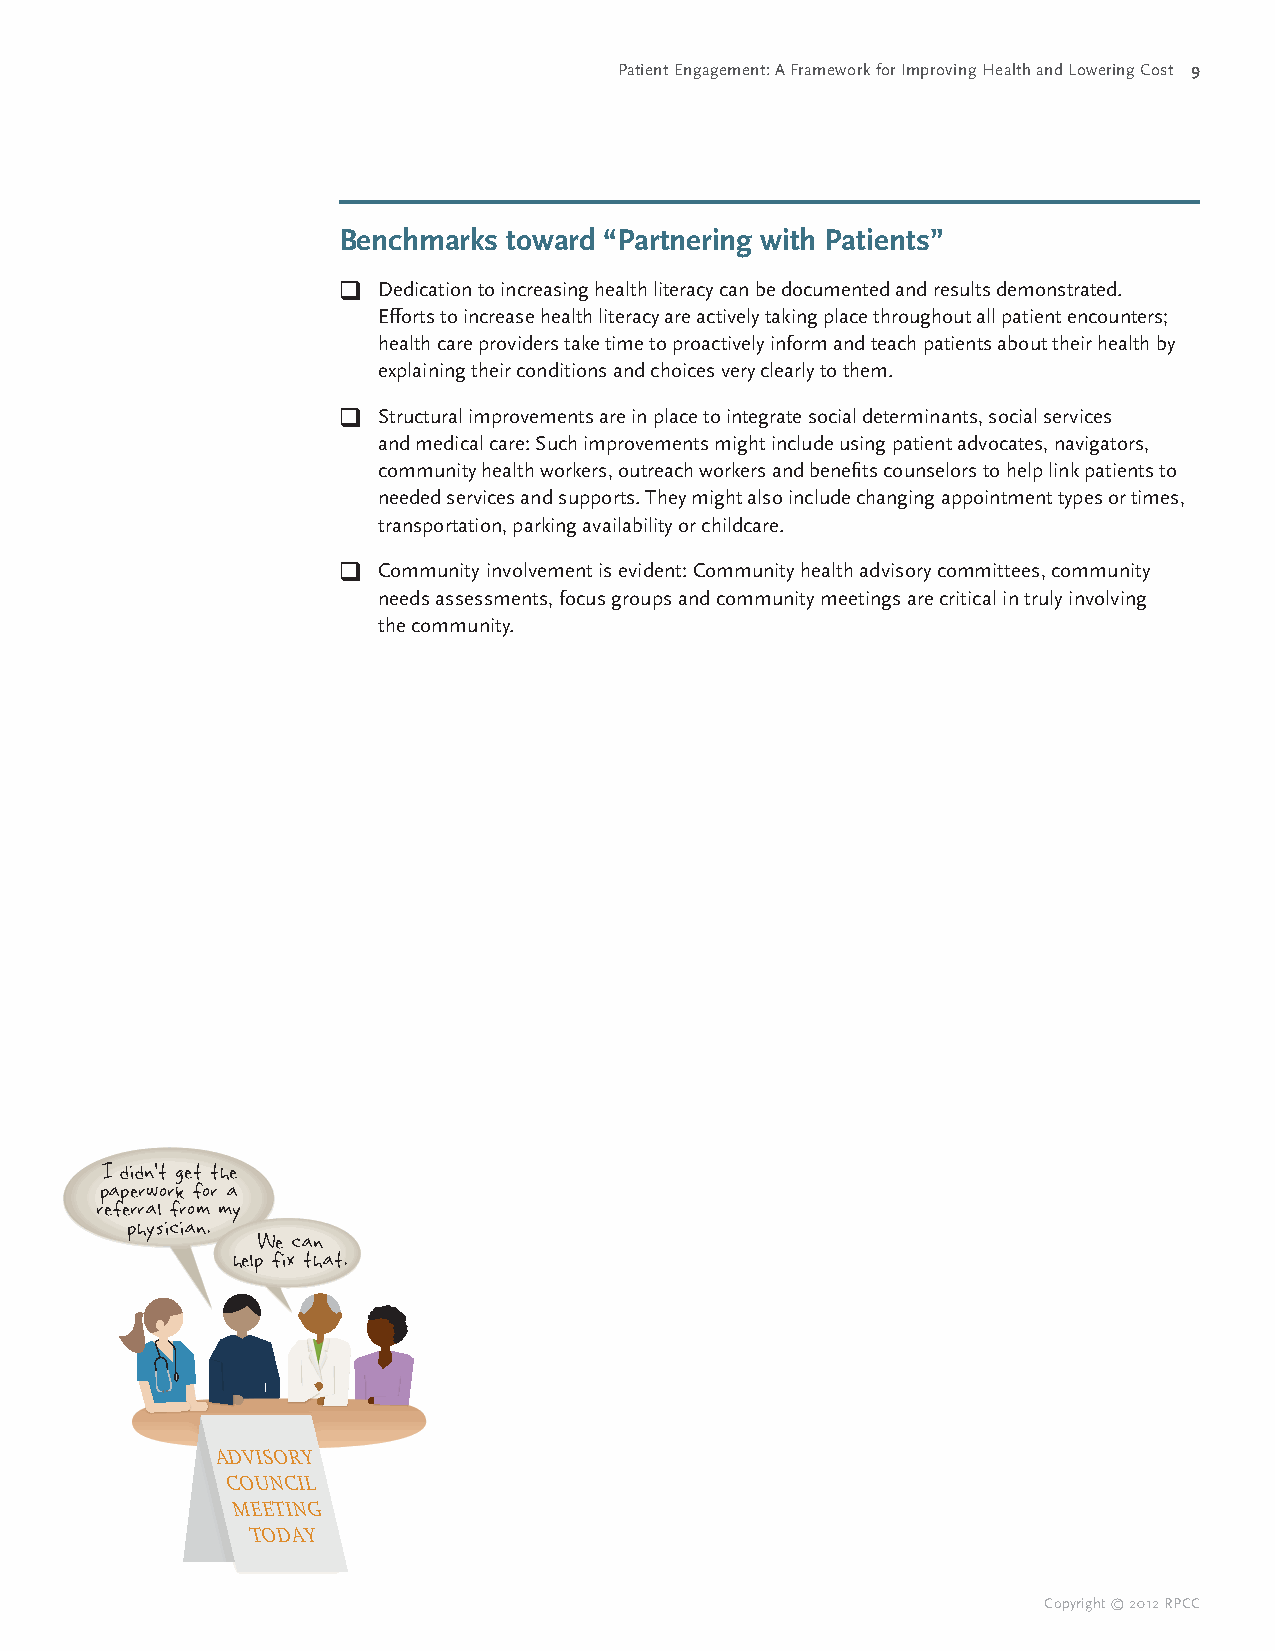
Patient Engagement: A Framework for Improving Health and Lowering Cost 9
 Benchmarks  toward “Partnering with Patients”
 qqDedication to increasing health literacy can be documented and results demonstrated.
 Efforts to increase health literacy are actively taking place throughout all patient encounters;
 health care providers take time to proactively inform and teach patients about their health by
 explaining their conditions and choices very clearly to them.
 qqStructural improvements are in place to integrate social determinants, social services
 and medical care: Such improvements might include using patient advocates, navigators,
 community health workers, outreach workers and benefits counselors to help link patients to
 needed services and supports. They might also include changing appointment types or times,
 transportation, parking availability or childcare.
 qqCommunity involvement is evident: Community health advisory committees, community
 needs assessments, focus groups and community meetings are critical in truly involving
 the community.
 I didn’t get the
 paperwork for a
 referral from my
 physician.
 We can
 help fix that.
 Copyright © 2012 RPCC
 A DCM VO I SUE
 ET
 O
 ONTD R YC
 I LI
 N GA
 Y